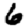
Digit: 6